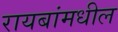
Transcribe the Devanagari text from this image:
रायबांमधील